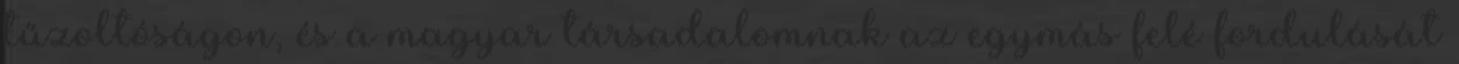
tűzoltóságon, és a magyar társadalomnak az egymás felé fordulását